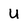
Character: U